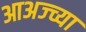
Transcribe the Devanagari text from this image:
आअज्च्या